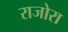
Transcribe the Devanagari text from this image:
राजोरा